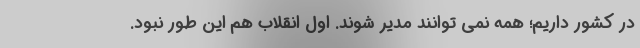
در کشور داریم؛ همه نمی توانند مدیر شوند. اول انقلاب هم این طور نبود.